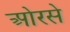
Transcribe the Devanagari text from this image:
ओरसे